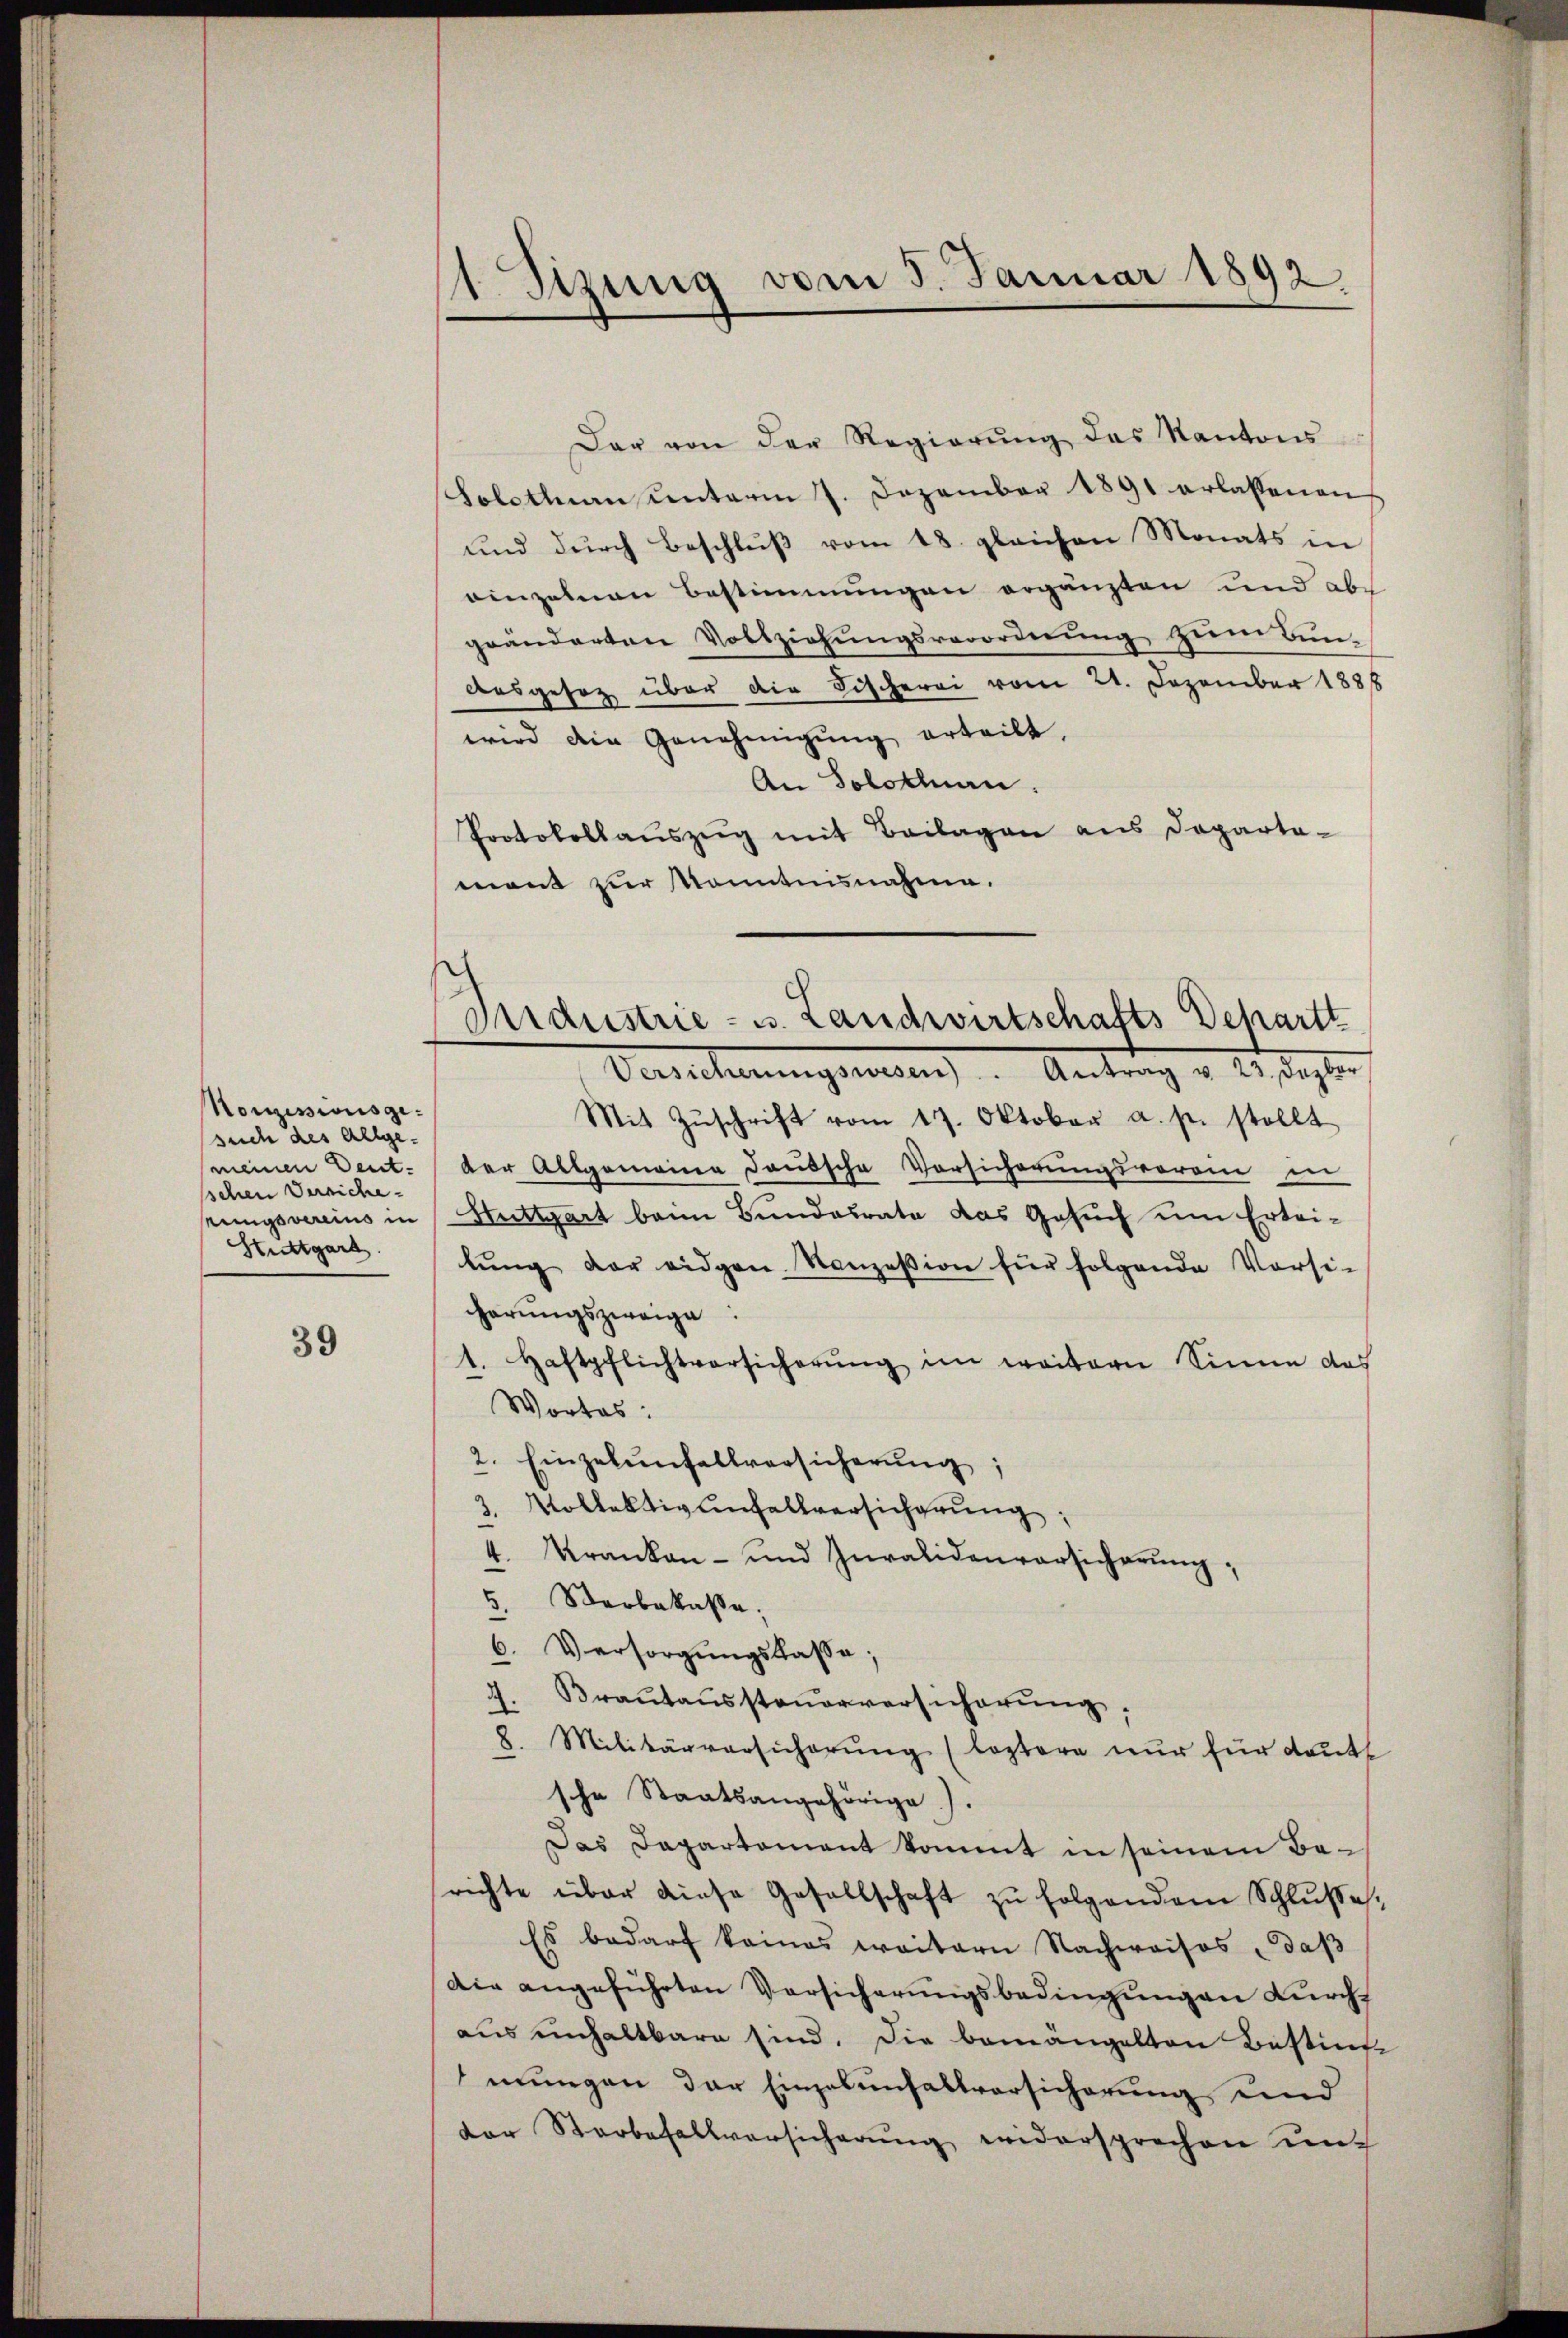
Monzessionsgesuch des Allge-
sschen Versiche
Strutgart

39

1 Sizung vom 5. Januar 1892

Der von der Regierŭng des Kantons
Solothurn unterm 7. Dezember 1891 erlassenen
und durch Beschluß vom 18. gleichen Monats in
einzelnen Bestimmungen ergänzten und abe
geänderten Vollziehungsverordnung zwei Bun¬
Ausgesez über die Fischerei vom 21. Dezember 1888
wird die Genehmigŭng erteilt.
An Solothurn.
Protokollaŭszŭg mit Beilagen ans Departa-
mont zur Kenntnisnahme.
Versicherungsanten). Antrag u. des statten
Mit Zŭschrift vom 17. Oktober a. p. stellt
(meinen Deut. der Allgemeine Janische Vorsicherungsverein in
rungsvereins in Stuttgart beim Bundesrate das Gesuch um Erteilŭng der eidgen Konzession für folgende Versi-
herŭngszweige
1. Haftpflichtversicherŭng im weitern Sinne das
Wortes:
2. Einzelŭnfallversicherŭng,
3. Vollektivenfallversicherung,
4. Kranken- und Invalidenvorsicherŭng,
3.
Verbelaße;
6. Versorgŭngskasse;
4. Braŭtaŭssteŭerversicherŭng.
8. Militärversicherŭng (leztere nur für deute
sche Staatsangehörige).
Das Departement kommt in seinem Berichte über diese Gesellschaft zŭ folgendem Schlŭsses,
Es bedarf keines weitern Nachweises daß
Die angeführten Versicherungsbedingungen durch-
aus einhaltbare sind. Die bemängelten Bestim-
mungen der Einzelunfallvorsicherung und
der Sterbefallversicherŭng widersprechen ŭn-

Industrie - u. Landwirtschafts Schartt